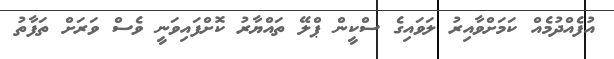
އުފެއްދުމެއް ކަމަށްވާއިރު ލަވައިގެ ސްކީން ޕްލޭ ތައްޔާރު ކޮށްފައިވަނީ ވެސް ވަރަށް ތަފާތު